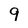
Character: 9